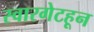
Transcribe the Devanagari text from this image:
स्वारगेटहून